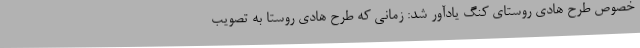
خصوص طرح هادی روستای کنگ یادآور شد: زمانی که طرح هادی روستا به تصویب